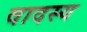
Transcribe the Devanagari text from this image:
वादस्य